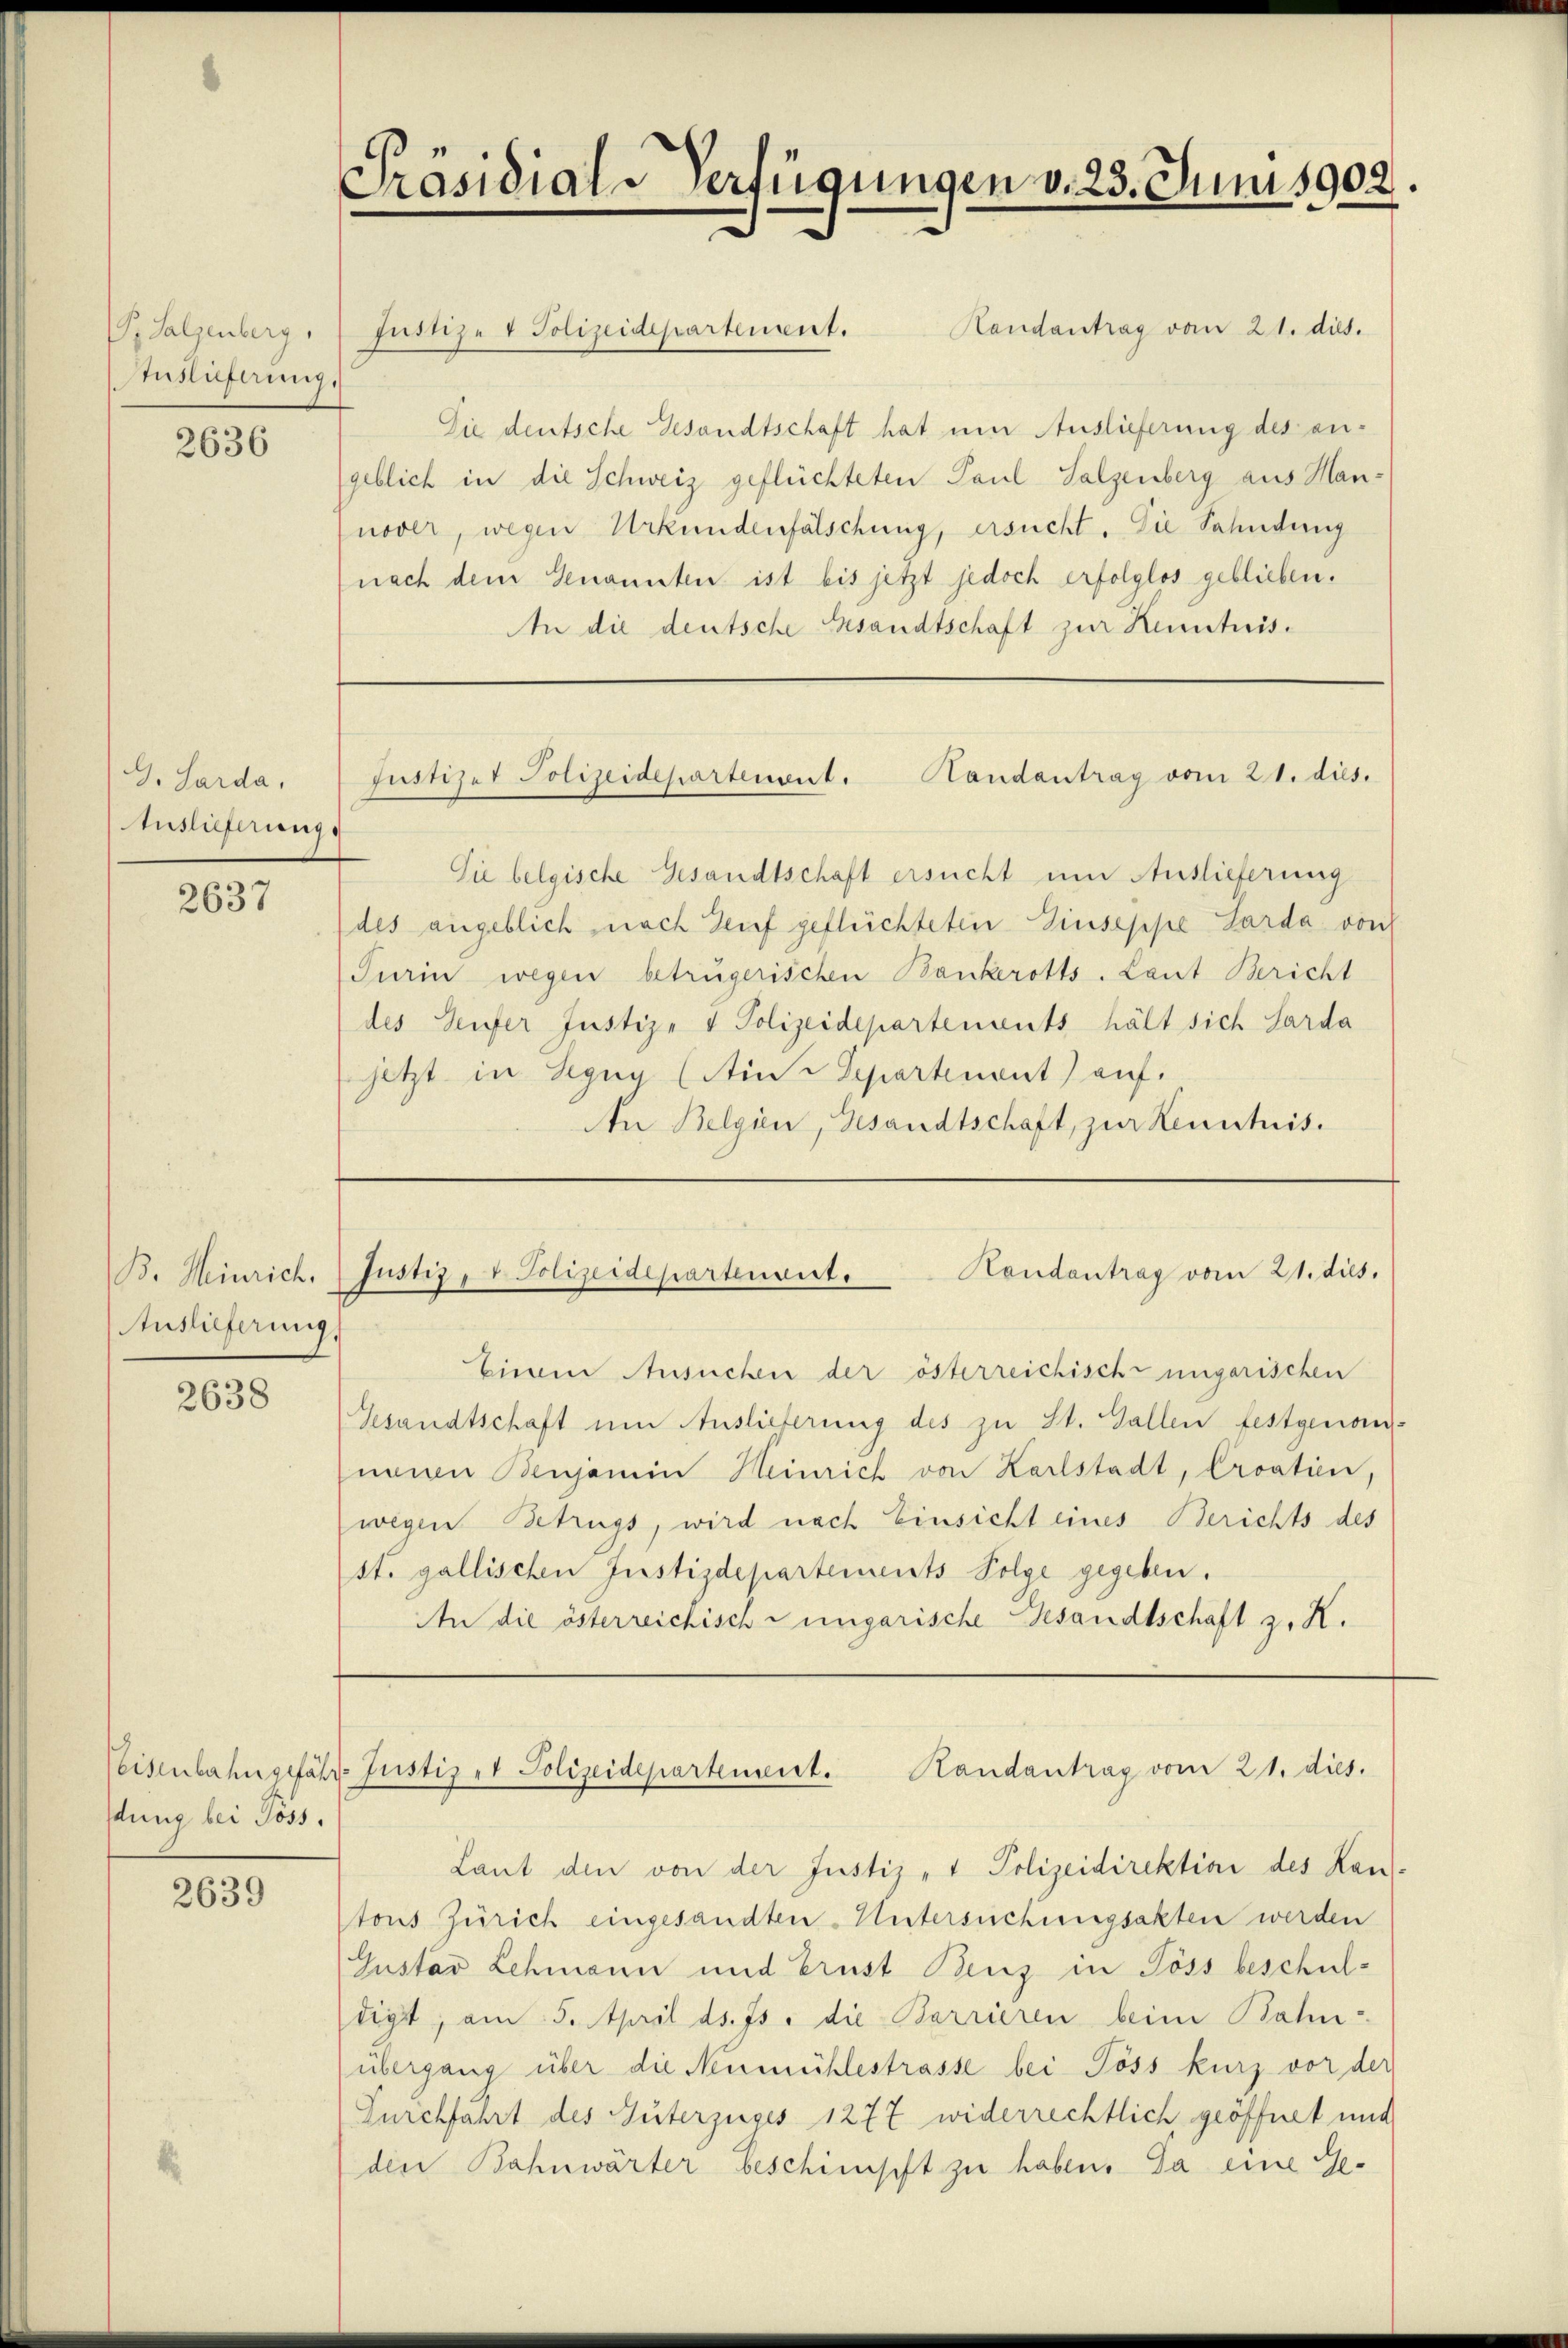
G. Salzenberg.
Auslieferung.

2636

G. Sarda,
Enslieferung

2637

Auslieferung

2638

dung bei Söss.

2639

Handantrag vom 21. dies.
füsize & Polizeidepartement.
Die deutsche Gesandtschaft hat um Auslieferung des angeblich in die Schweiz geflüchteten Paul Salzenberg aus Mannover, wegen Urkundenfälschung, ersucht. Die Sahndung
nach dem Genannten ist bis jetzt jedoch erfolglos geblieben.
An die deutsche Gesandtschaft zur Kenntnis¬

Präsidial-Verfügungen v. 23. Juni 1902.

Sie belgische Gesandtschaft ersucht um Auslieferung
des angeblich nach Zeit geflüchteten Giuseppe Larda von
Turin wegen betrügerischen Bankerotts. Laut Bericht
des Seifer Justiz- & Polizeidepartements hält sich Sarda
jetzt in Bezug (in Separtenant auf.
An Belgien, Gesandtschaft, zur Kenntnis.

Justizei Polizeidepartement. Handantrag vom 21. dies.

B. Heinrich. Justiz, v. Polizeidepartenant. Hondantrag vom 21. dies.

Feisenbahngefähr Justiz - Polizeidepartement. Kandantrag vom 21. dies.

Einem Ansuchen der österreichisch-ungarischen
Gesandtschaft um Auslieferung des zu St. Gallen festgenomneuen Benjamin Heinrich von Karlstadt, Croatien,
wegen Betrugs, wird nach Einsicht eines Berichts des
st. gallischen Justizdepartements Folge gegeben.
An die österreichisch-ungarische Gesandtschaft z. K.

Laut den von der Justiz- & Polizeidirektion des Kan
tons Zürich eingesandten Untersuchungsakten werden
Gustav Lehmann und Brust Benz in Pöss beschuldigt, am 5. April ds. Js. die Barrieren beim Bahn-
übergang über die Neumühlestrasse bei Pöss kurz vor der
Durchführt des Guterjuses 1277 widerrechtlich, geöffnet und
die Bahnwärter beschimpft zu haben. Da eine Ge¬